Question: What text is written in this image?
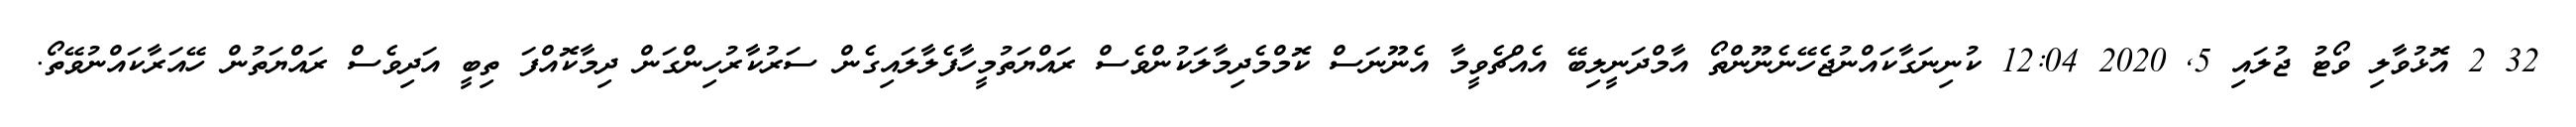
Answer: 32 2 އޮޅުވާލި ވޯޓު ޖުލައި 5, 2020 12:04 ކުނިނަގާކައްނުޖެހޭނެނޫންތޯ އާމްދަނީލިބޭ އެއްޗެވީމާ އެނޫނަސް ކޮމްމެދިމާލަކުންވެސް ރައްޔަތުމީހާފެލާލައިގެން ސަރުކާރުހިންގަން ދިމާކޮއްފަ ތިބީ އަދިވެސް ރައްޔަތުން ހޭއަރާކައްނުވޭތޯ.